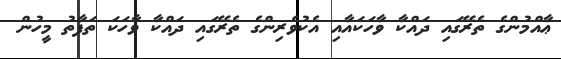
ޢާއްމުންގެ ތެރޭގައި ދައްކާ ވާހަކައާއި އެކުވެރިންގެ ތެރޭގައި ދައްކާ ވާހަކަ ތަފާތު މީހުން